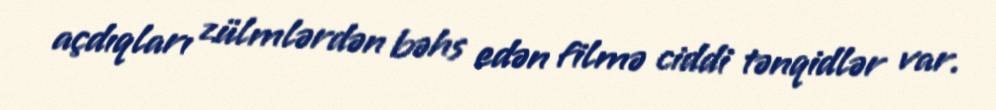
açdıqları zülmlərdən bəhs edən filmə ciddi tənqidlər var.